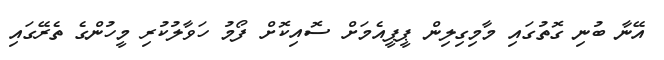
އޭނާ ބުނި ގޮތުގައި މާމިގިލިން ޕީޕީއެމަށް ސޮއިކޮށް ފޯމު ހަވާލުކުރި މީހުންގެ ތެރޭގައި